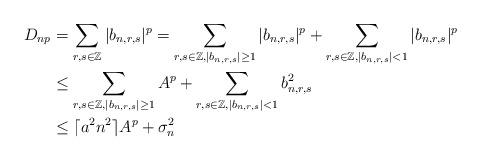
LaTeX: \begin{align*}D_{np}&=\sum_{r,s\in\mathbb{Z}} |b_{n,r,s}|^p=\sum_{r,s\in\mathbb{Z},|b_{n,r,s}|\ge 1}|b_{n,r,s}|^p+\sum_{r,s\in\mathbb{Z},|b_{n,r,s}|< 1} |b_{n,r,s}|^p\\&\le \sum_{r,s\in\mathbb{Z},|b_{n,r,s}|\ge 1} A^p+\sum_{r,s\in\mathbb{Z},|b_{n,r,s}|< 1} b_{n,r,s}^2\\&\le \lceil a^2n^2\rceil A^p+\sigma_n^2\end{align*}